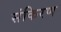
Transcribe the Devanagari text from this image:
संकिरण